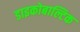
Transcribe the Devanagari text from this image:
डाइकोबाल्टिक